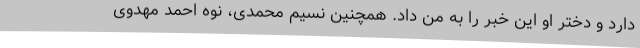
دارد و دختر او این خبر را به من داد. همچنین نسیم محمدی، نوه احمد مهدوی